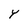
Character: Y